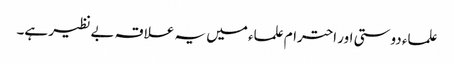
علماء دوستی اور احترام علماء میں یہ علاقہ بے نظیر ہے۔